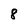
Character: 8